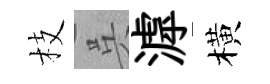
枝呉滹橫